Punjab Mental Hospital Lahore 1922-31 - 1922-1931
Year: 1922
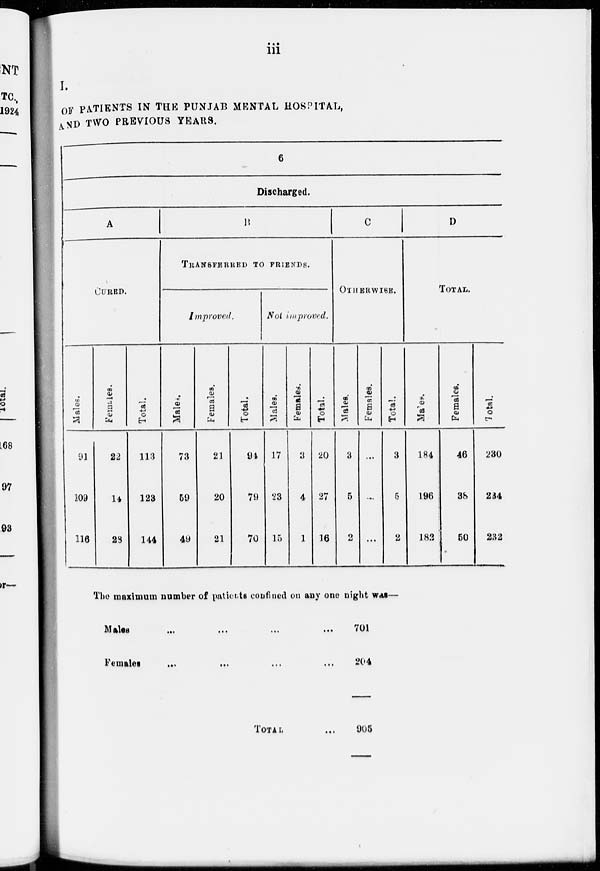
iii
I.
OF PATIENTS IN THE PUNJAB MENTAL HOSPITAL,
AND TWO PREVIOUS YEARS.
6
Discharged.
A
CURED.
Males.
91
109
116
Females.
22
14
28
Total.
113
123
144
B
TRANSFERRED TO FRIENDS.
Improved.
Males.
73
59
49
Females.
21
20
21
Total.
94
79
70
Not improved.
Males.
17
23
15
Females.
3
4
1
Total.
20
27
16
C
OTHERWISE.
Males.
3
5
2
Females.
...
...
...
Total.
3
5
2
D
TOTAL.
Males.
184
196
182
Females.
46
38
50
Total.
230
234
232
The maximum number of patients confined on any one night was—
Males ... ... ... ...
Females
...
...
...
...
TOTAL ...
701
204
905